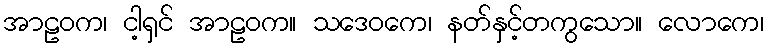
အာဠဝက၊ ငါ့ရှင် အာဠဝက။ သဒေဝကေ၊ နတ်နှင့်တကွသော။ လောကေ၊